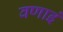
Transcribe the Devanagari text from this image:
वणाइं